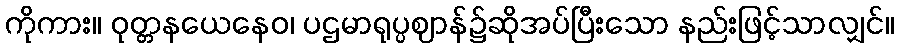
ကိုကား။ ဝုတ္တနယေနေဝ၊ ပဌမာရုပ္ပဈာန်၌ဆိုအပ်ပြီးသော နည်းဖြင့်သာလျှင်။